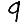
Digit: 9